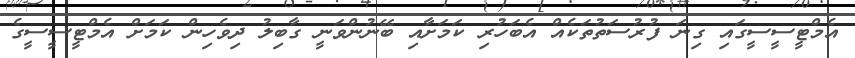
އެމްޓީސީސީގައި ގިނަ ފުރުސަތުތަކެއް އެބަހުރި ކަމަށާއި ބޭނުންވަނީ ގާބިލު ދިވެހިން ކަމަށް އެމްޓީސީސީގެ